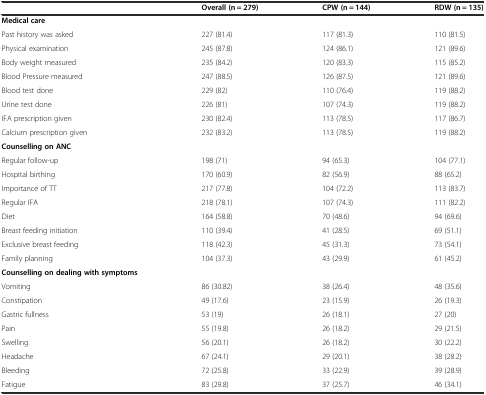
<table><thead><tr><td></td><td><b>Overall (n = 279)</b></td><td><b>CPW (n = 144)</b></td><td><b>RDW (n = 135)</b></td></tr></thead><tbody><tr><td><b>Medical care</b></td><td></td><td></td><td></td></tr><tr><td>Past history was asked</td><td>227 (81.4)</td><td>117 (81.3)</td><td>110 (81.5)</td></tr><tr><td>Physical examination</td><td>245 (87.8)</td><td>124 (86.1)</td><td>121 (89.6)</td></tr><tr><td>Body weight measured</td><td>235 (84.2)</td><td>120 (83.3)</td><td>115 (85.2)</td></tr><tr><td>Blood Pressure measured</td><td>247 (88.5)</td><td>126 (87.5)</td><td>121 (89.6)</td></tr><tr><td>Blood test done</td><td>229 (82)</td><td>110 (76.4)</td><td>119 (88.2)</td></tr><tr><td>Urine test done</td><td>226 (81)</td><td>107 (74.3)</td><td>119 (88.2)</td></tr><tr><td>IFA prescription given</td><td>230 (82.4)</td><td>113 (78.5)</td><td>117 (86.7)</td></tr><tr><td>Calcium prescription given</td><td>232 (83.2)</td><td>113 (78.5)</td><td>119 (88.2)</td></tr><tr><td><b>Counselling on ANC</b></td><td></td><td></td><td></td></tr><tr><td>Regular follow-up</td><td>198 (71)</td><td>94 (65.3)</td><td>104 (77.1)</td></tr><tr><td>Hospital birthing</td><td>170 (60.9)</td><td>82 (56.9)</td><td>88 (65.2)</td></tr><tr><td>Importance of TT</td><td>217 (77.8)</td><td>104 (72.2)</td><td>113 (83.7)</td></tr><tr><td>Regular IFA</td><td>218 (78.1)</td><td>107 (74.3)</td><td>111 (82.2)</td></tr><tr><td>Diet</td><td>164 (58.8)</td><td>70 (48.6)</td><td>94 (69.6)</td></tr><tr><td>Breast feeding initiation</td><td>110 (39.4)</td><td>41 (28.5)</td><td>69 (51.1)</td></tr><tr><td>Exclusive breast feeding</td><td>118 (42.3)</td><td>45 (31.3)</td><td>73 (54.1)</td></tr><tr><td>Family planning</td><td>104 (37.3)</td><td>43 (29.9)</td><td>61 (45.2)</td></tr><tr><td><b>Counselling on dealing with symptoms</b></td><td></td><td></td><td></td></tr><tr><td>Vomiting</td><td>86 (30.82)</td><td>38 (26.4)</td><td>48 (35.6)</td></tr><tr><td>Constipation</td><td>49 (17.6)</td><td>23 (15.9)</td><td>26 (19.3)</td></tr><tr><td>Gastric fullness</td><td>53 (19)</td><td>26 (18.1)</td><td>27 (20)</td></tr><tr><td>Pain</td><td>55 (19.8)</td><td>26 (18.2)</td><td>29 (21.5)</td></tr><tr><td>Swelling</td><td>56 (20.1)</td><td>26 (18.2)</td><td>30 (22.2)</td></tr><tr><td>Headache</td><td>67 (24.1)</td><td>29 (20.1)</td><td>38 (28.2)</td></tr><tr><td>Bleeding</td><td>72 (25.8)</td><td>33 (22.9)</td><td>39 (28.9)</td></tr><tr><td>Fatigue</td><td>83 (29.8)</td><td>37 (25.7)</td><td>46 (34.1)</td></tr></tbody></table>